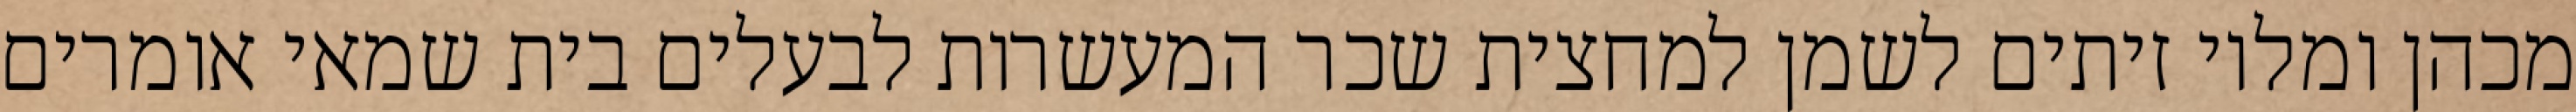
מכהן ומלוי זיתים לשמן למחצית שכר המעשרות לבעלים בית שמאי אומרים